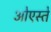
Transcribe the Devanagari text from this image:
ओएस्ते